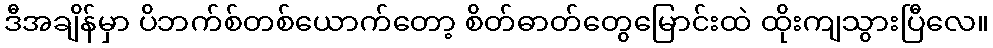
ဒီအချိန်မှာ ပိဘက်စ်တစ်ယောက်တော့ စိတ်ဓာတ်တွေမြောင်းထဲ ထိုးကျသွားပြီလေ။